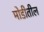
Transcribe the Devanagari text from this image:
मोडीतील